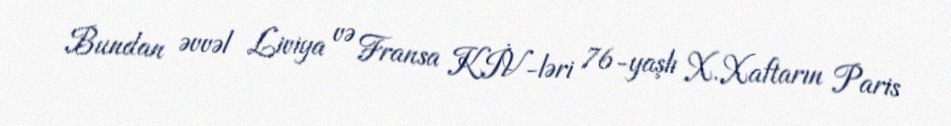
Bundan əvvəl Liviya və Fransa KİV-ləri 76-yaşlı X.Xaftarın Paris